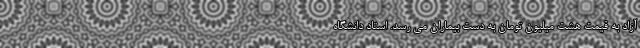
آزاد به قیمت هشت میلیون تومان به دست بیماران می رسد. استاد دانشگاه